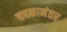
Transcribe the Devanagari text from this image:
चषकानंतर